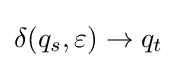
\delta (q_{s},\varepsilon )\to q_{t}